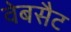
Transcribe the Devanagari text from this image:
वेबसैट